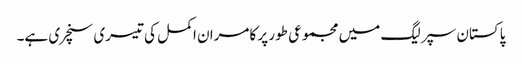
پاکستان سپر لیگ میں مجموعی طور پر کامران اکمل کی تیسری سنچری ہے۔